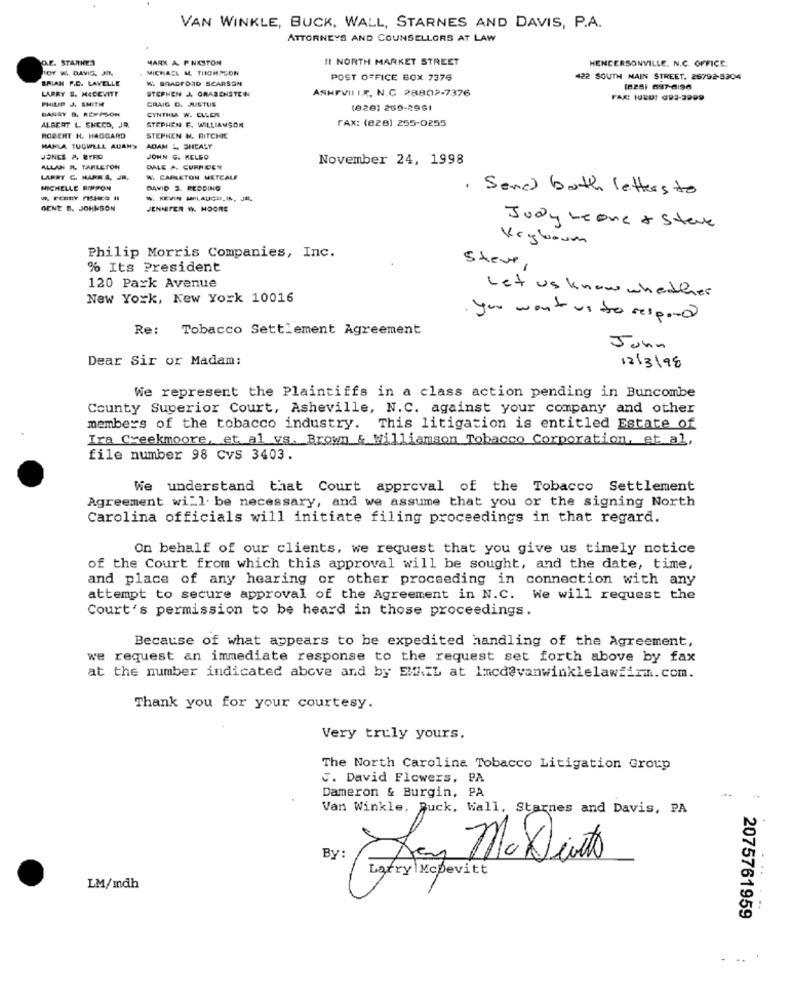
VAN WINKLE, BUCK, WALL, STARNES AND DAVIS, P.A.
ATTORNEYS AND COUNSELLORS AT LAW
O.E. STARNES
MARK A PINKSTON
II NORTH MARKET STREET
HENDERSONVILLE. N.C. OFFICE:
HOY W. DAVIS, JM.
MICHAEL M. THOMPSON
BRIAN P.D. LAVELLE
W. BRADFORD SEARSON
POST OFFICE BOX 7376
422 SOUTH MAIN STREET. 26792-5304
LARRY S. MCDEVITT
STEPHEN J. GRABENSTEIN
ASHEVII IX, N.C 28802-7376
(828) 697-6:96
PHILIP J. SMITH
CRAIG D. JUSTUS
FAX: (UBU) 999-2999
BARRY B. REMPSON
CYNTHIA W. CLLEN
(6261 200-2961
STEPHEN E. WILLIAMSON
FAX: (e2B) 255-0255
ALBERT L. SNCRD, JR.
ROBERT H. HAGGARD
STEPHEN N. RITCHIE
HANLA TUUWELL AUAN'Y
ADAM L. SHEALY
JONES & BYRO
JOHN G. KELSO
November 24, 1998
ALLAN R. TARLETON
DALE A. CURRIDEN
LARRY C. HARRA, JR.
W. CAPLETON METCALF
MICHELLE RIPPON
DAVID 3. REDDING
. Send both letters to
W. KEVIN MELAUGHLIN, JE.
GENE B. JOHNSON
JENNIFER W. HOORE
Judy Leone + Steve
Vegbaum
Philip Morris Companies, Inc.
% Its President
Steve,
120 Park Avenue
New York, New York 10016
Let us know whether
you want us to respond
Re: Tobacco Settlement Agreement
John
Dear Sir or Madam:
12/3/98
We represent the Plaintiffs in a class action pending in Buncombe
County Superior Court, Asheville, N.C. against your company and other
members of the tobacco industry. This litigation is entitled Estate of
Ira Creekmoore, et al vs. Brown & Williamson Tobacco Corporation, et al.
file number 98 CvS 3403.
We understand that Court approval of the Tobacco Settlement
Agreement will be necessary, and we assume that you or the signing North
Carolina officials will initiate filing proceedings in that regard.
On behalf of our clients, we request that you give us timely notice
of the Court from which this approval will be sought, and the date, time,
and place of any hearing or other proceeding in connection with any
attempt to secure approval of the Agreement in N.C. We will request the
Court's permission to be heard in those proceedings.
Because of what appears to be expedited handling of the Agreement,
we request an immediate response to the request set forth above by fax
at the number indicated above and by EMAIL at Imcd@vanwinklelawfirm.com.
Thank you for your courtesy.
Very truly yours.
The North Carolina Tobacco Litigation Group
3. David Flowers, PA
Dameron & Burgin, PA
Van Winkle, Buck, Wall, Starnes and Davis, PA
By:
Larry McDevitt
LM/mdh
2075761959
..